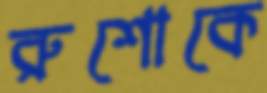
রুশোকে